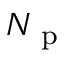
N _ { \mathrm { ~ p ~ } }